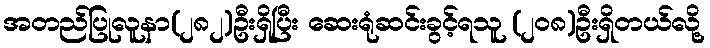
အတည်ပြုလူနာ(၂၈၂)ဦးရှိပြီး ဆေးရုံဆင်းခွင့်ရသူ (၂၀၈)ဦးရှိတယ်လို့